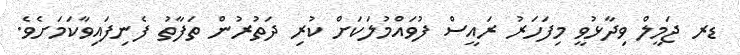
ޑރ ޖަމީލް ވިދާޅުވީ މިފަހަރު ރައީސް ފުވައްމުލަކަށް ކުރި ދަތުރުން ތަފާތު ފެނިފައިވާކަމަށެވެ.